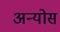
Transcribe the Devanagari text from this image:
अन्योस